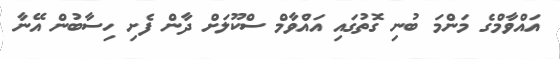
އައްވާމްގެ މަންމަ ބުނި ގޮތުގައި އައްވާމް ސްކޫލަށް ދާން ފެށި ހިސާބުން އޭނާ